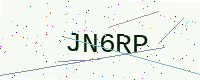
Text: JN6RP